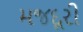
મજદૂરી